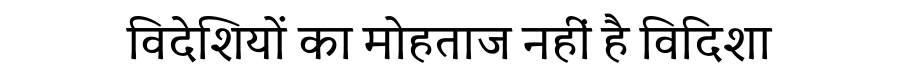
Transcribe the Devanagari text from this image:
विदेशियों का मोहताज नहीं है विदिशा